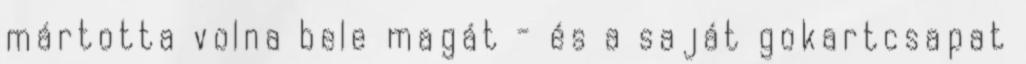
mártotta volna bele magát - és a saját gokartcsapat